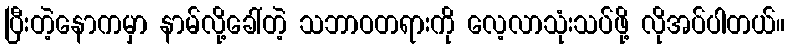
ပြီးတဲ့နောကမှာ နာမ်လို့ခေါ်တဲ့ သဘာဝတရားကို လေ့လာသုံးသပ်ဖို့ လိုအပ်ပါတယ်။